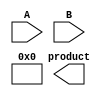
module wallace_tree_multiplier #(parameter N = 8) (
    input [N-1:0] A,
    input [N-1:0] B,
    output [2*N-1:0] product
);

    // Partial product generation
    wire [N-1:0] pp [N-1:0]; // Partial products
    genvar i, j;
    generate
        for (i = 0; i < N; i = i + 1) begin : pp_gen
            for (j = 0; j < N; j = j + 1) begin : and_gen
                assign pp[i][j] = A[i] & B[j];
            end
        end
    endgenerate

    // Wallace Tree Structure
    wire [N-1:0] sum [N-1:0];
    wire [N-1:0] carry [N-1:0];

    // Initial stage: direct connections
    assign sum[0] = pp[0];
    assign carry[0] = 0;

    // Wallace Tree reduction stages
    genvar stage;
    for (stage = 0; stage < N; stage = stage + 1) begin : reduction
        if (stage == 0) begin
            assign sum[1] = pp[1];
        end else if (stage < N-1) begin
            // Carry-save adder for three inputs
            assign {carry[stage], sum[stage+1]} = sum[stage][N-1:0] + carry[stage-1] + pp[stage+1];
        end else begin
            // Final addition stage
            assign sum[N] = sum[stage] + carry[stage-1];
        end
    end

    // Final product calculation
    assign product = sum[N];

endmodule